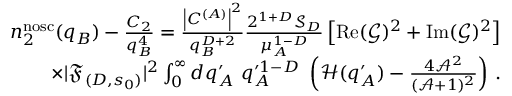
\begin{array} { r l r } & { } & { n _ { 2 } ^ { \mathrm { n o s c } } ( q _ { B } ) - \frac { C _ { 2 } } { q _ { B } ^ { 4 } } = \frac { \left| C ^ { ( A ) } \right| ^ { 2 } } { q _ { B } ^ { D + 2 } } \frac { 2 ^ { 1 + D } \mathcal { S } _ { D } } { \mu _ { A } ^ { 1 - D } } \left[ \operatorname { R e } ( \mathcal { G } ) ^ { 2 } + \operatorname { I m } ( \mathcal { G } ) ^ { 2 } \right] } \\ & { } & { \times | \mathfrak { F } _ { ( D , s _ { 0 } ) } | ^ { 2 } \int _ { 0 } ^ { \infty } d q _ { A } ^ { \prime } \ q _ { A } ^ { \prime 1 - D } \ \left( \mathcal { H } ( q _ { A } ^ { \prime } ) - \frac { 4 \mathcal { A } ^ { 2 } } { ( \mathcal { A } + 1 ) ^ { 2 } } \right) \, . } \end{array}